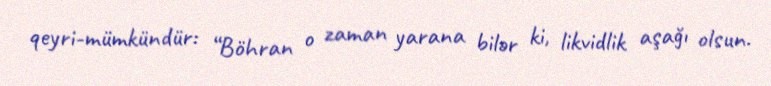
qeyri-mümkündür: “Böhran o zaman yarana bilər ki, likvidlik aşağı olsun.